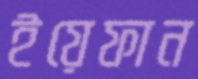
ইয়েফান